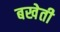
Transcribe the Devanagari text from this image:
बखेती